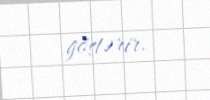
göstərir.